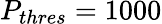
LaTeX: P_{thres}=1000